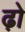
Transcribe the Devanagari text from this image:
ढ़ो